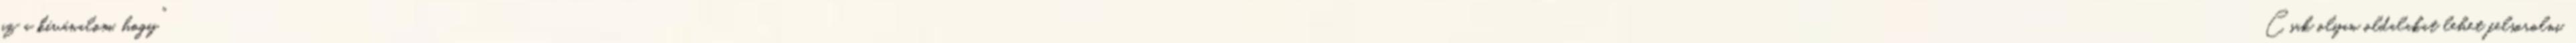
az a kívánalom, hogy "Csak olyan oldalakat lehet felsorolni,